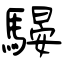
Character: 騴